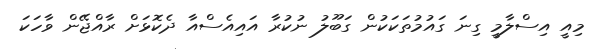
މިއީ އިސްލާމީ ގިނަ ގައުމުތަކަކުން ގަބޫލު ނުކުރާ އައިއެސްއާ ދެކޮޅަށް ރާއްޖޭން ވާހަކަ